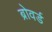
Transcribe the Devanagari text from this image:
ब्रोवर्ड